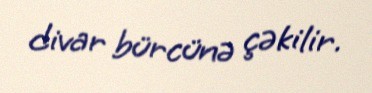
divar bürcünə çəkilir.